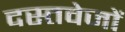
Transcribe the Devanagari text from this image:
दस्तवेजों